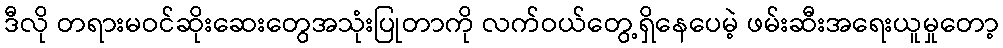
ဒီလို တရားမဝင်ဆိုးဆေးတွေအသုံးပြုတာကို လက်ဝယ်တွေ့ရှိနေပေမဲ့ ဖမ်းဆီးအရေးယူမှုတော့